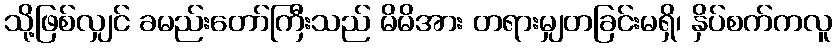
သို့ဖြစ်လျှင် ခမည်းတော်ကြီးသည် မိမိအား တရားမျှတခြင်းမရှိ၊ နှိပ်စက်ကလူ